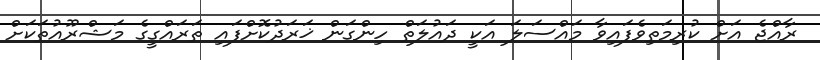
ރާއްޖެ އަށް ކުރިމަތިވެފައިވާ މައްސަލަ އަކީ ދައުލަތް ހިންގަން ޚަރަދުކޮށްފައި ތަރައްގީގެ މަޝްރޫއުތަކަށް